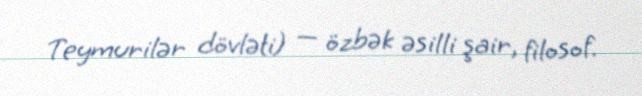
Teymurilər dövləti) — özbək əsilli şair, filosof.